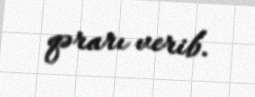
qərarı verib.